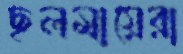
ছলমায়েরা